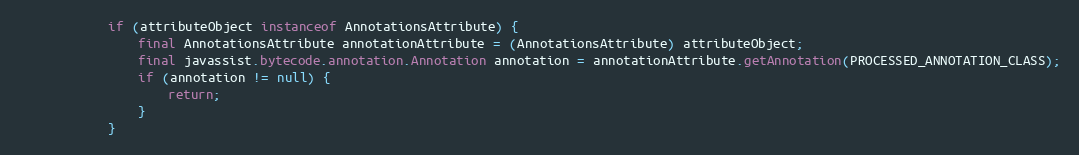
Language: Java
            if (attributeObject instanceof AnnotationsAttribute) {
                final AnnotationsAttribute annotationAttribute = (AnnotationsAttribute) attributeObject;
                final javassist.bytecode.annotation.Annotation annotation = annotationAttribute.getAnnotation(PROCESSED_ANNOTATION_CLASS);
                if (annotation != null) {
                    return;
                }
            }